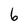
Character: 6